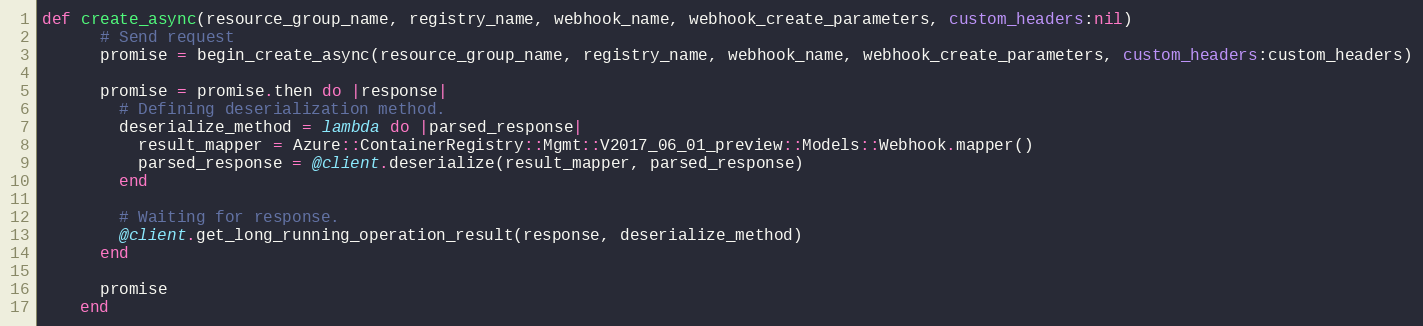
Language: Ruby
def create_async(resource_group_name, registry_name, webhook_name, webhook_create_parameters, custom_headers:nil)
      # Send request
      promise = begin_create_async(resource_group_name, registry_name, webhook_name, webhook_create_parameters, custom_headers:custom_headers)

      promise = promise.then do |response|
        # Defining deserialization method.
        deserialize_method = lambda do |parsed_response|
          result_mapper = Azure::ContainerRegistry::Mgmt::V2017_06_01_preview::Models::Webhook.mapper()
          parsed_response = @client.deserialize(result_mapper, parsed_response)
        end

        # Waiting for response.
        @client.get_long_running_operation_result(response, deserialize_method)
      end

      promise
    end